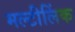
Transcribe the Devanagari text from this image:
मल्टीलिंक